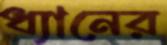
ধ্যানের